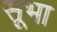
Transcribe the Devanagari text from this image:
सूभा